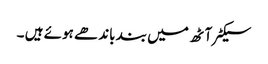
سیکٹر آٹھ میں بند باندھے ہوئے ہیں ۔